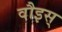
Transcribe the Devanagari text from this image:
वौइस्